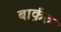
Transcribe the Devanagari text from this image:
बार्कुरु